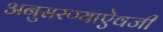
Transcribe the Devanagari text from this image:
अनुसरण्‍याऐवजी